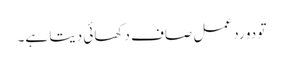
تو دو رد عمل صاف دکھائی دیتا ہے۔